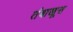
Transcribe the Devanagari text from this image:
तंबाखूस